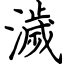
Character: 濊